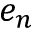
e _ { n }